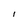
Character: l